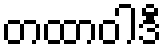
တထာဝါဒီ